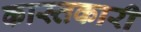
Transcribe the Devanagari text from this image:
कास्तकारी